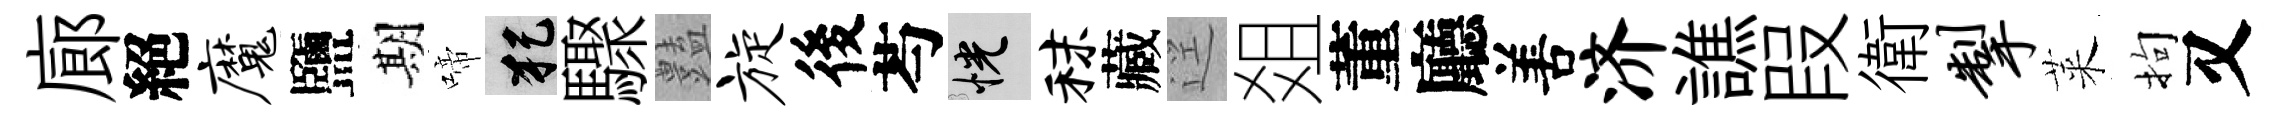
廊絕魔鹽期啼犯驟𧰟旋後芍恍秣藏逕爼董廳𠵊济譙叚衛掣萊拘又